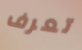
تعرف